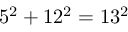
5 ^ { 2 } + 1 2 ^ { 2 } = 1 3 ^ { 2 }